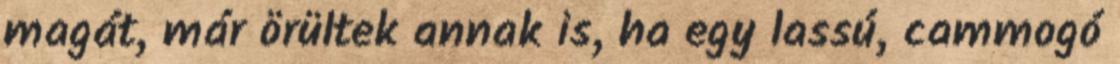
magát, már örültek annak is, ha egy lassú, cammogó